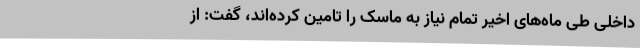
داخلی طی ماه‌های اخیر تمام نیاز به ماسک را تامین کرده‌اند، گفت: از